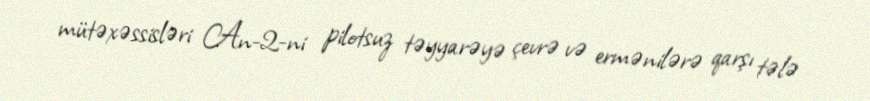
mütəxəssisləri An-2-ni pilotsuz təyyarəyə çevrə və ermənilərə qarşı tələ